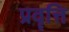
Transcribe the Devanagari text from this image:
प्रवॄत्ति